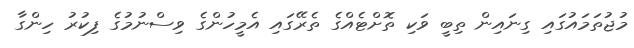
މުޖުތަމައުގައި ގިނައިން ތިބީ ވަކި ތޮށްޓެއްގެ ތެރޭގައި އެމީހުންގެ ވިސްނުމުގެ ފިކުރު ހިންގާ